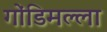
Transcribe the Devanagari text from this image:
गोंडिमल्ला